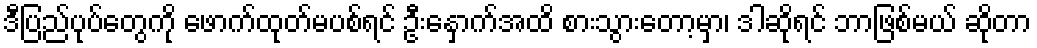
ဒီပြည်ပုပ်တွေကို ဖောက်ထုတ်မပစ်ရင် ဦးနှောက်အထိ စားသွားတော့မှာ၊ ဒါဆိုရင် ဘာဖြစ်မယ် ဆိုတာ